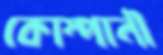
কোম্পানী